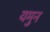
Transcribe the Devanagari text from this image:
यमुन